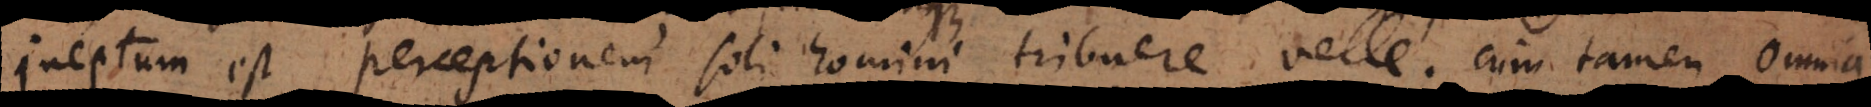
Ineptum est perceptionem soli homini tribuere velle; cum tamen omnia